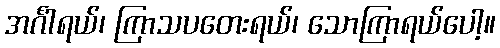
အင်္ဂါရယ်၊ ကြာသပတေးရယ်၊ သောကြာရယ်ပေါ့။